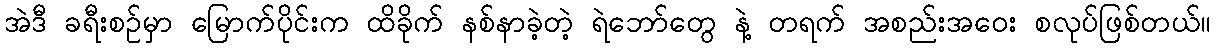
အဲဒီ ခရီးစဉ်မှာ မြောက်ပိုင်းက ထိခိုက် နစ်နာခဲ့တဲ့ ရဲဘော်တွေ နဲ့ တရက် အစည်းအဝေး စလုပ်ဖြစ်တယ်။